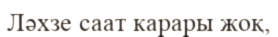
Ләхзе саат карары жоқ,